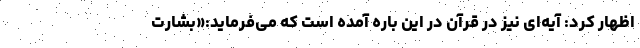
اظهار کرد: آیه‌ای نیز در قرآن در این باره آمده است که می‌فرماید:«بشارت